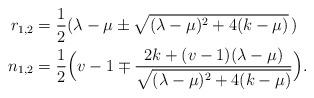
LaTeX: \begin{align*} r_{1,2}&=\frac12(\lambda-\mu\pm\sqrt{(\lambda-\mu)^2+4(k-\mu)}\,)\\ n_{1,2}&=\frac12\Big(v-1\mp\frac{2k+(v-1)(\lambda-\mu)}{\sqrt{(\lambda-\mu)^2+4(k-\mu)}}\Big). \end{align*}